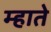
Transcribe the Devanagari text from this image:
म्हाते